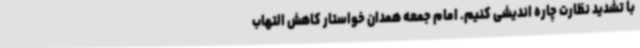
با تشدید نظارت چاره اندیشی کنیم. امام جمعه همدان خواستار کاهش التهاب